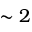
\sim 2